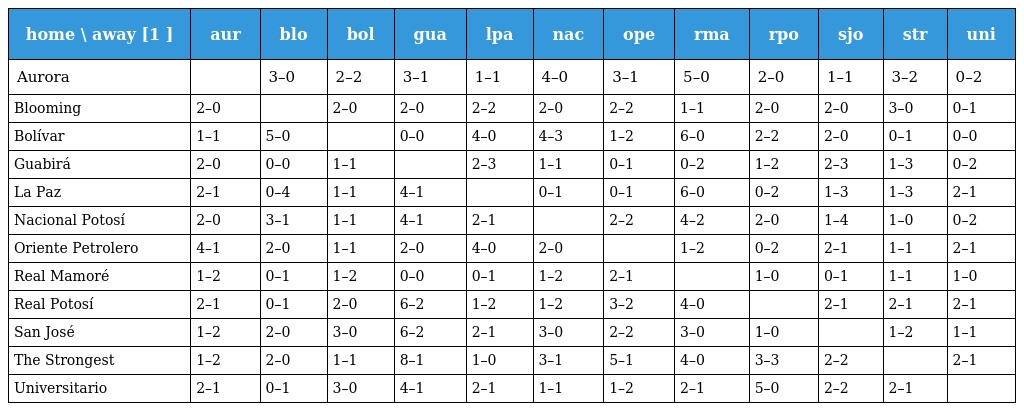
| home \ away [1 ] | aur | blo | bol | gua | lpa | nac | ope | rma | rpo | sjo | str | uni |
 | --- | --- | --- | --- | --- | --- | --- | --- | --- | --- | --- | --- | --- |
 | Aurora |  | 3–0 | 2–2 | 3–1 | 1–1 | 4–0 | 3–1 | 5–0 | 2–0 | 1–1 | 3–2 | 0–2 |
 | Blooming | 2–0 |  | 2–0 | 2–0 | 2–2 | 2–0 | 2–2 | 1–1 | 2–0 | 2–0 | 3–0 | 0–1 |
 | Bolívar | 1–1 | 5–0 |  | 0–0 | 4–0 | 4–3 | 1–2 | 6–0 | 2–2 | 2–0 | 0–1 | 0–0 |
 | Guabirá | 2–0 | 0–0 | 1–1 |  | 2–3 | 1–1 | 0–1 | 0–2 | 1–2 | 2–3 | 1–3 | 0–2 |
 | La Paz | 2–1 | 0–4 | 1–1 | 4–1 |  | 0–1 | 0–1 | 6–0 | 0–2 | 1–3 | 1–3 | 2–1 |
 | Nacional Potosí | 2–0 | 3–1 | 1–1 | 4–1 | 2–1 |  | 2–2 | 4–2 | 2–0 | 1–4 | 1–0 | 0–2 |
 | Oriente Petrolero | 4–1 | 2–0 | 1–1 | 2–0 | 4–0 | 2–0 |  | 1–2 | 0–2 | 2–1 | 1–1 | 2–1 |
 | Real Mamoré | 1–2 | 0–1 | 1–2 | 0–0 | 0–1 | 1–2 | 2–1 |  | 1–0 | 0–1 | 1–1 | 1–0 |
 | Real Potosí | 2–1 | 0–1 | 2–0 | 6–2 | 1–2 | 1–2 | 3–2 | 4–0 |  | 2–1 | 2–1 | 2–1 |
 | San José | 1–2 | 2–0 | 3–0 | 6–2 | 2–1 | 3–0 | 2–2 | 3–0 | 1–0 |  | 1–2 | 1–1 |
 | The Strongest | 1–2 | 2–0 | 1–1 | 8–1 | 1–0 | 3–1 | 5–1 | 4–0 | 3–3 | 2–2 |  | 2–1 |
 | Universitario | 2–1 | 0–1 | 3–0 | 4–1 | 2–1 | 1–1 | 1–2 | 2–1 | 5–0 | 2–2 | 2–1 |  |